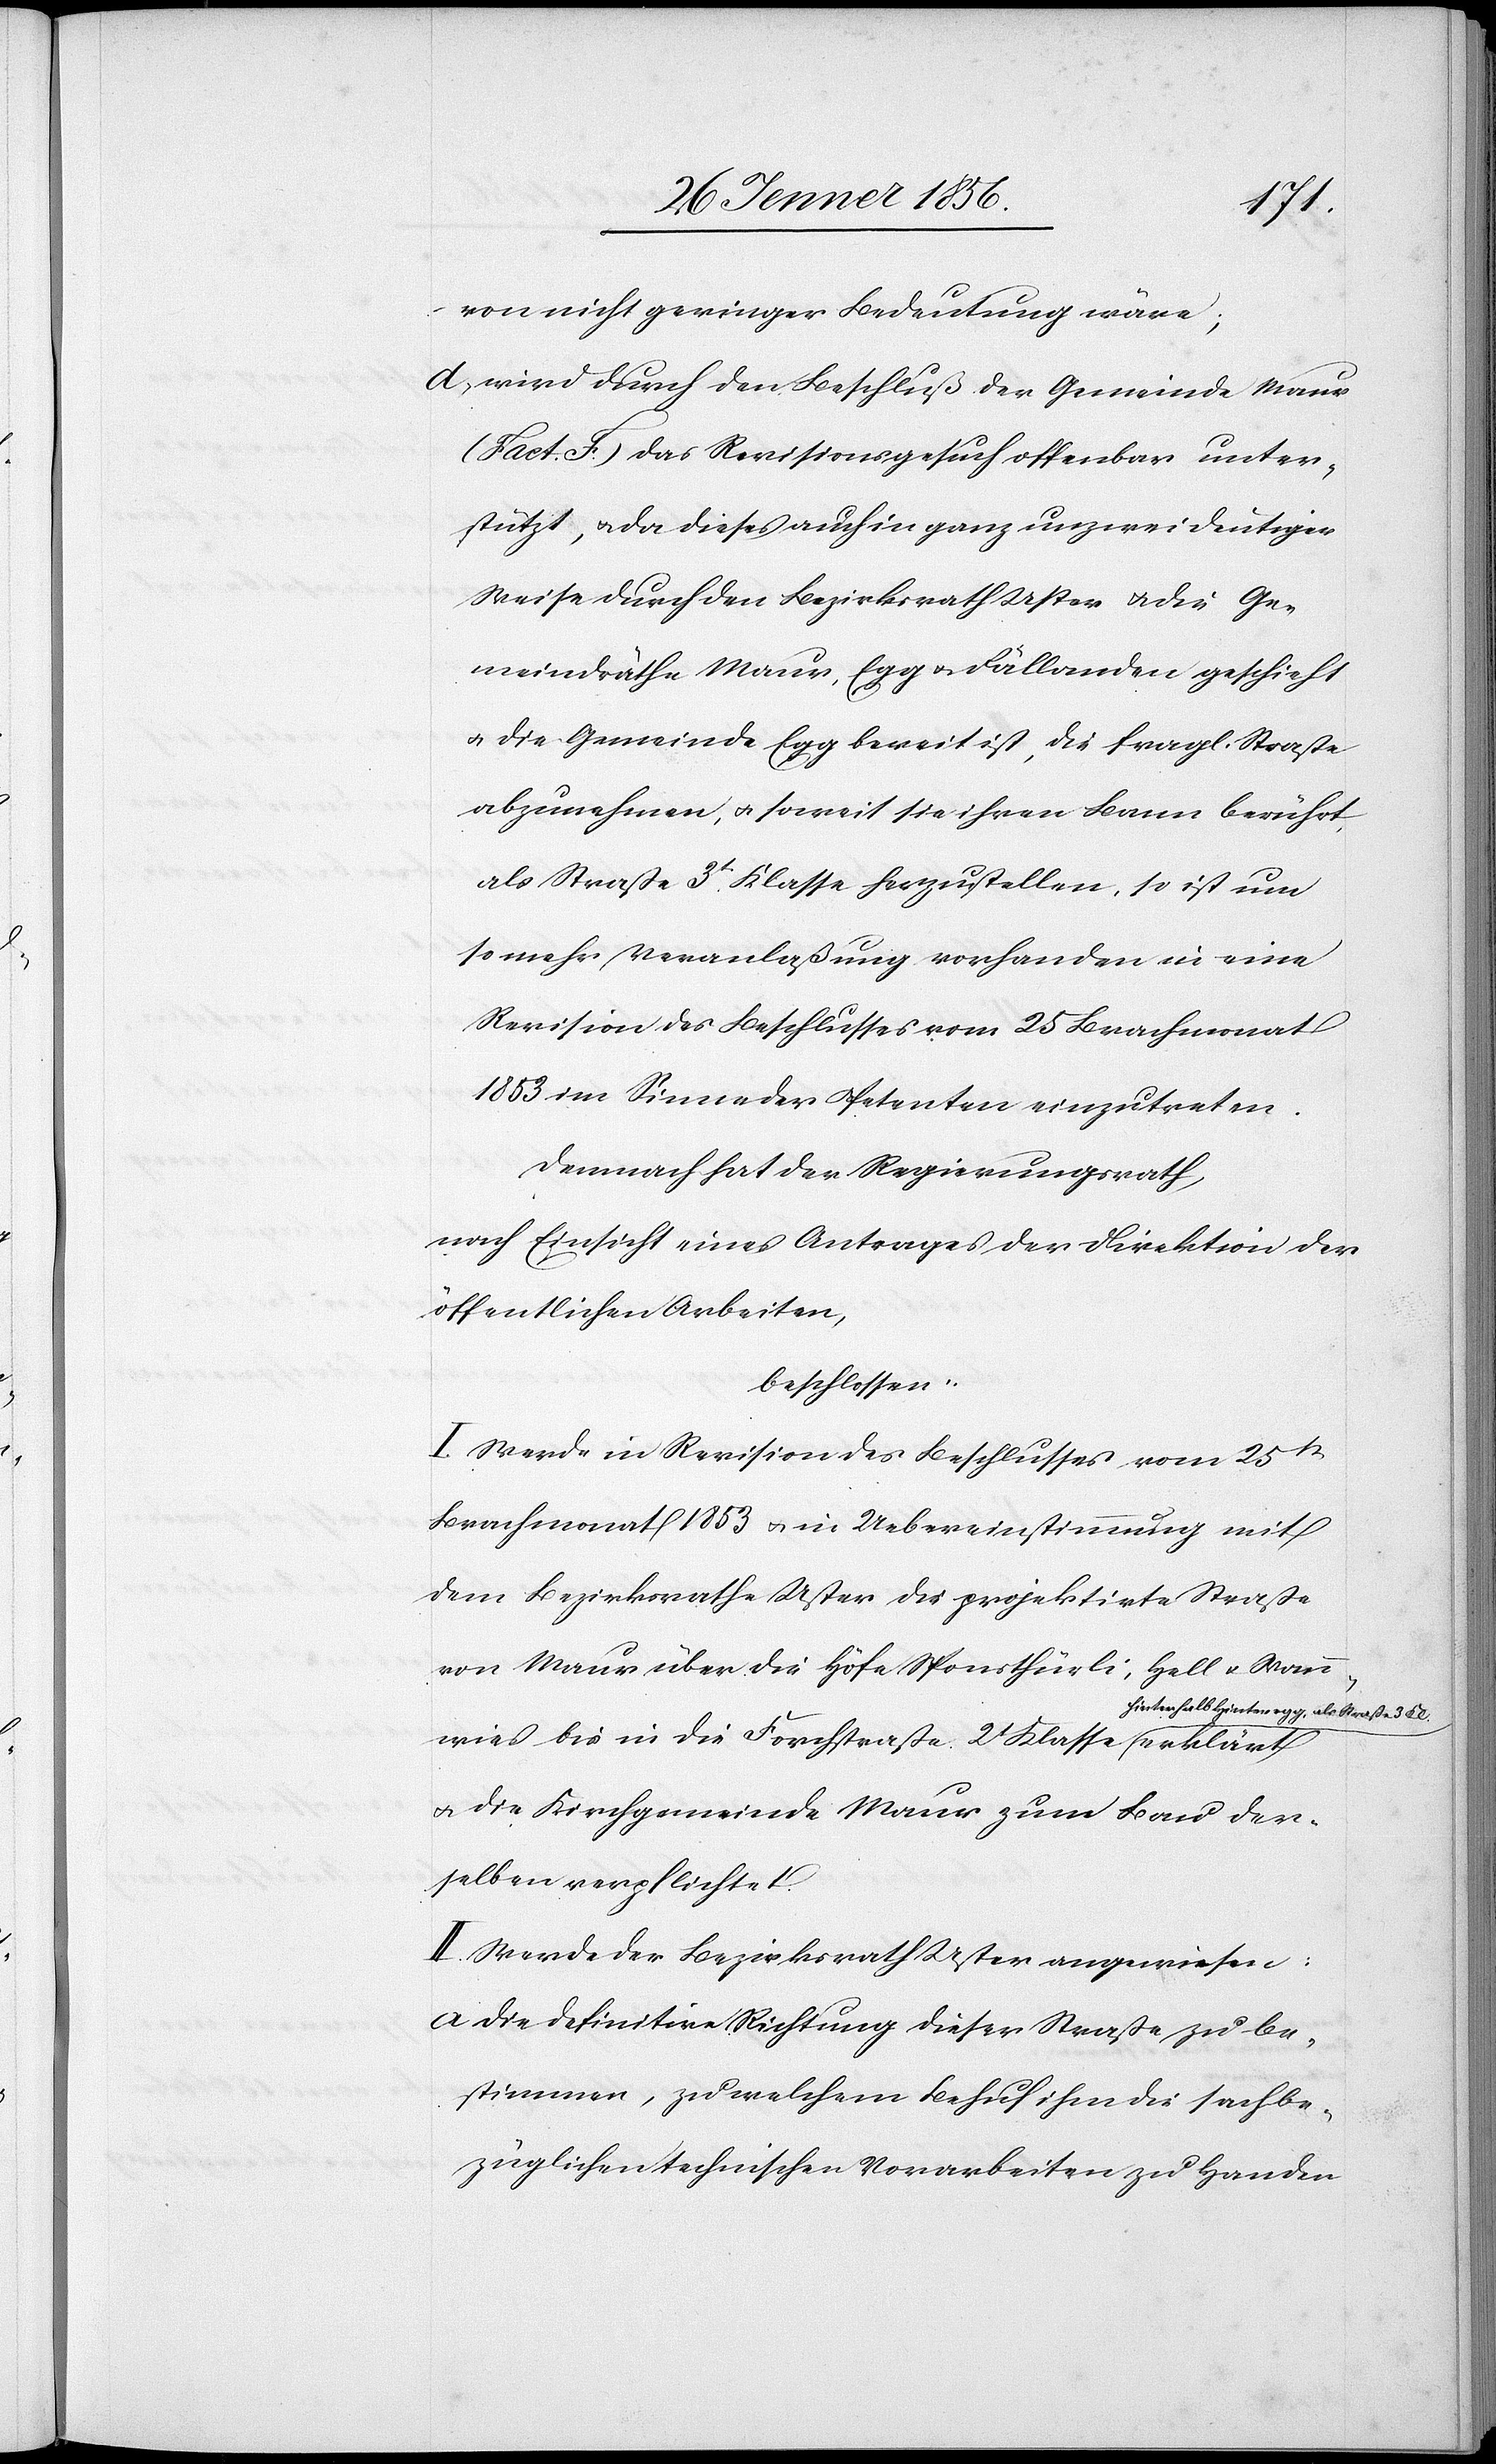
von nicht geringer Bedeutung wäre;
d, Wird durch den Beschluß der Gemeinde Maur
(Fact. F.) das Revisionsgesuch offenbar unter¬
stützt, u. da dieses auch in ganz unzweideutiger
Weise durch den Bezirksrath Uster u. die Ge¬
meindräthe Maur, Egg u. Fällanden geschieht
u. die Gemeinde Egg bereit ist, die fragl. Straße
abzunehmen, u. soweit sie ihren Bann berührt,
als Straße 3t Klasse herzustellen, so ist um
so mehr Veranlaßung vorhanden in eine
Revision des Beschlusses vom 25 Brachmonat
1853 im Sinne der Petenten einzutreten.
Demnach hat der Regierungsrath,
nach Einsicht eines Antrages der Direktion der
öffentlichen Arbeiten,
beschlossen:
I. Werde in Revision des Beschlusses vom 25t
Brachmonat 1853 u. in Uebereinstimmung mit
dem Bezirksrathe Uster die projektirte Straße
von Maur über die Höfe Sponsthürli, Hell u. Wann¬
hinterhalb Hinteregg, als Straße 3 Kl.a
wies bis in die Forchstraße, 2t Klasse a¬
u. die Kirchgemeinde Maur zum Bau der¬
selben verpflichtet.
II. Werde der Bezirksrath Uster angewiesen:
a Die definitive Richtung dieser Straße zu be¬
stimmen, zu welchem Behuf ihm die sachbe¬
züglichen technischen Vorarbeiten zu Handen